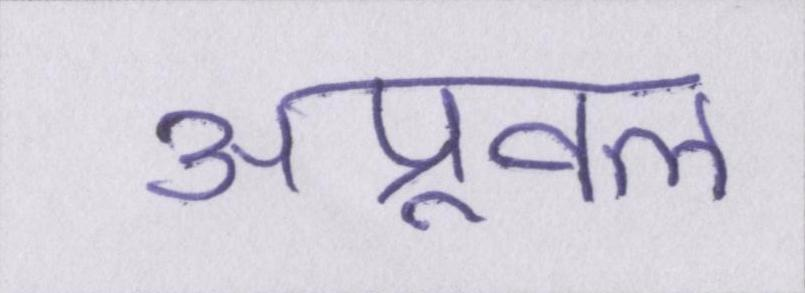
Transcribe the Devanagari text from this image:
अप्रूवल